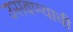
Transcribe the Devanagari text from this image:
उसवण्याची